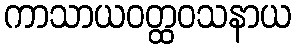
ကာသာယဝတ္ထဝသနာယ